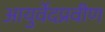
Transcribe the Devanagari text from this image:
आयुर्वेदप्रवीण